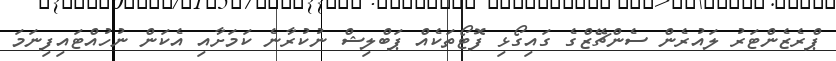
ޕްރެޒެންޓަރު ލައުރެން ސެންޗޭޒްގެ ގައިގޯޅި ފޮޓޯތަކެއް ޕަބްލިޝް ނުކުރާނެ ކަމަށާއި އެކަން ނުހުއްޓައިފިނަމަ